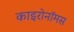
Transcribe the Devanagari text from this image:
काइरोनॉमस